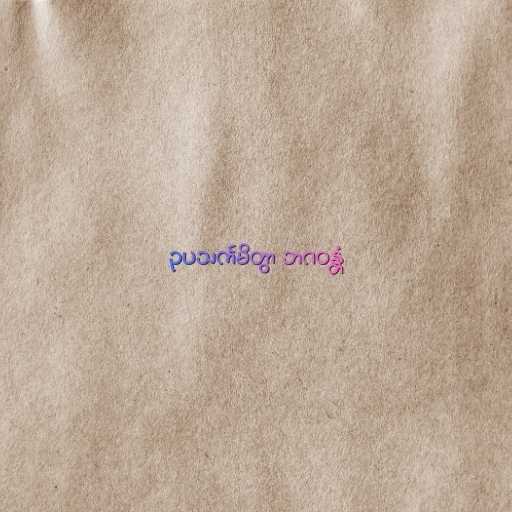
ဥပသင်္ကမိတွာ ဘဂဝန္တံ